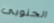
الجنوبى